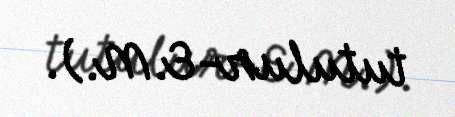
tutulur-E.M.).